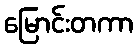
မြောင်းတကာ